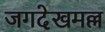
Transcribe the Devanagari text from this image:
जगदेखमल्ल